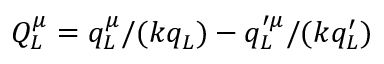
Q _ { L } ^ { \mu } = q _ { L } ^ { \mu } / ( k q _ { L } ) - q _ { L } ^ { \prime \mu } / ( k q _ { L } ^ { \prime } )